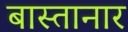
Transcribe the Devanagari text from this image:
बास्तानार